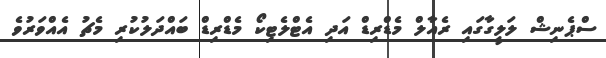
ސްޕެނިޝް ލަލީގާގައި ރެއާލް މެޑްރިޑް އަދި އެޓްލެޓިކޯ މެޑްރިޑް ބައްދަލުކުރި މެޗު އެއްވަރުވެ